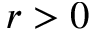
r > 0